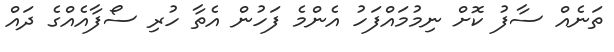
ތަނެއް ސާފު ކޮށް ނިމުމައްފަހު އެންމެ ފަހުން އެތާ ހުރި ސޯފާއެއްގެ ދަައް